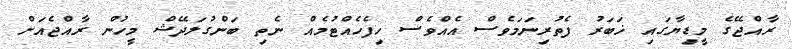
ރާއްޖޭގެ މީޑިޔާގައި ޚަބަރު ފެތުރިނަމަވެސް އެއްވެސް ހިފެހެއްޓުމެއް ނެތި ބަންގުލަދޭޝް މީހުން ރާއްޖެއަށް